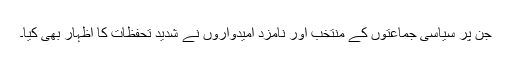
جن پر سیاسی جماعتوں کے منتخب اور نامزد امیدواروں نے شدید تحفظات کا اظہار بھی کیا۔